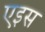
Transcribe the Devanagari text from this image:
एइस